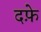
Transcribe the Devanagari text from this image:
दफ़े